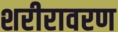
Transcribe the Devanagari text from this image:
शरीरावरण